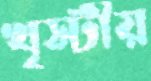
খৃস্টীয়